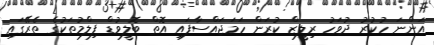
އަންނަ ހުކުރު ދުވަހު ރިލީޒް ކުރަން ހަމަޖައްސާފައި އޮތް ބޮލީވުޑް ފިލްމުތަކުގެ ތެރޭގައި